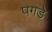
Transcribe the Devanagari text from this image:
पगडे